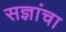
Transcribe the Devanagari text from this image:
सज्ञांचा